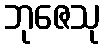
ဘုဇေသု